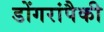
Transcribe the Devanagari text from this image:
डोंगरांपैकी